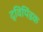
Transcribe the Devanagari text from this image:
द्विपिंडक